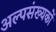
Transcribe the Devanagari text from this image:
अल्पसंख्यकोँ